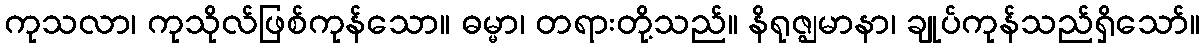
ကုသလာ၊ ကုသိုလ်ဖြစ်ကုန်သော။ ဓမ္မာ၊ တရားတို့သည်။ နိရုဇ္ဈမာနာ၊ ချုပ်ကုန်သည်ရှိသော်။